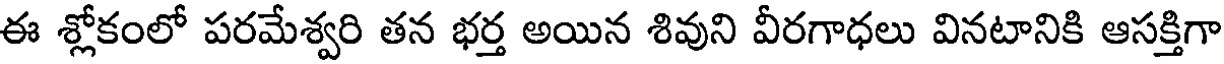
ఈ శ్లోకంలో పరమేశ్వరి తన భర్త అయిన శివుని వీరగాధలు వినటానికి ఆసక్తిగా